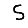
Digit: 5